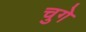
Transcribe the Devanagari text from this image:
चुगे